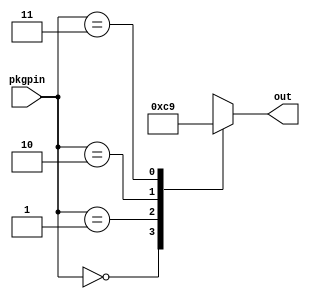
// This program was cloned from: https://github.com/emeb/up5k_osc
// License: MIT License

// toggle3pos.v - 3-pos'n toggle input w/ pullup and translation to binary
// 04-19-21 E. Brombaugh

// NOTE: this assumes pullups on the 2 input pins - either in HW or via
// the PCF file using the syntax:
// set_io -pullup yes name number

`default_nettype none

module toggle3pos(
    input [1:0] pkgpin,	// raw pin input
	output reg [1:0] out
);
	always @(*)
		case(pkgpin)
			2'b00: out = 2'b11;		// can't happen
			2'b01: out = 2'b00;		// top
			2'b10: out = 2'b10;		// bottom
			2'b11: out = 2'b01;		// center
		endcase
endmodule